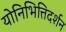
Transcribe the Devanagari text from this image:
योनिभित्तिदर्शन